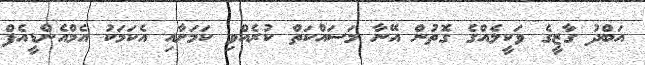
އަބްދު ގާޒީގެ ވަކީލެއްގެ ގޮތުން އޭނާ މަސައްކަތް ކުރެއްވި ކަމަށާއި އެކަމަކު އެމްއެންޑީއެފް